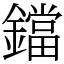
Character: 鐺